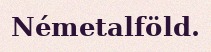
Németalföld.